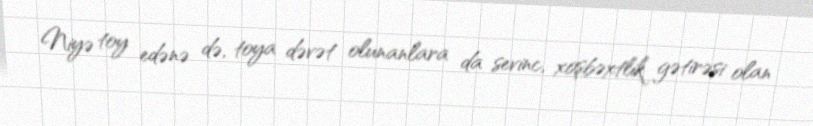
Niyə toy edənə də, toya dəvət olunanlara da sevinc, xoşbəxtlik gətirəsi olan